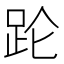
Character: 𬦧